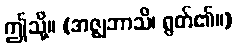
ဤသို့။ (အဇ္ဈဘာသိ၊ ရွတ်၏။)